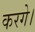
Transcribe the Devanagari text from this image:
करगे।